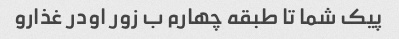
پیک شما تا طبقه چهارم ب زور اودر غذارو